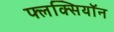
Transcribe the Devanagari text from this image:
फ्लक्सियॉन